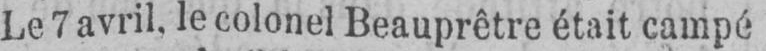
Le 7 avril, le colonel Beauprêtre était campé